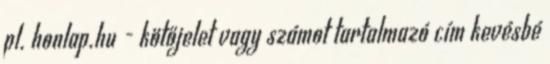
pl. honlap.hu - kötőjelet vagy számot tartalmazó cím kevésbé